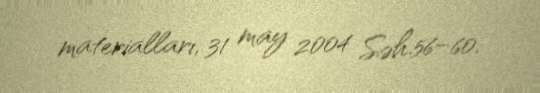
materialları, 31 may 2004 Səh.56–60.